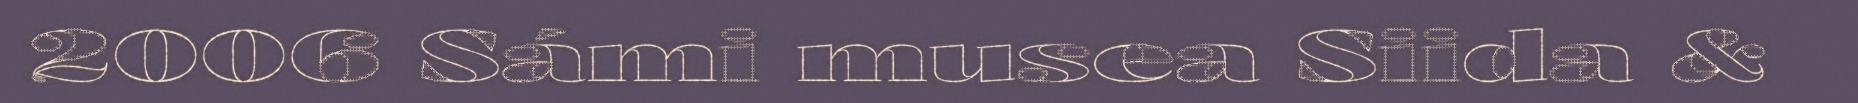
2006 Sámi musea Siida &